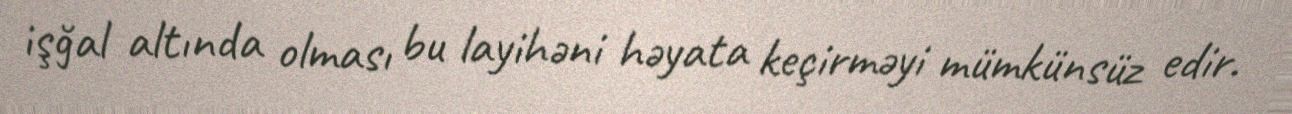
işğal altında olması bu layihəni həyata keçirməyi mümkünsüz edir.